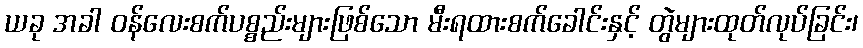
ယခု အခါ ဝန်လေးစက်ပစ္စည်းများဖြစ်သော မီးရထားစက်ခေါင်းနှင့် တွဲများထုတ်လုပ်ခြင်း၊